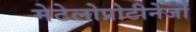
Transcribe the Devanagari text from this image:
मेटेलोप्रोटीनेजों